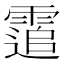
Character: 䨨